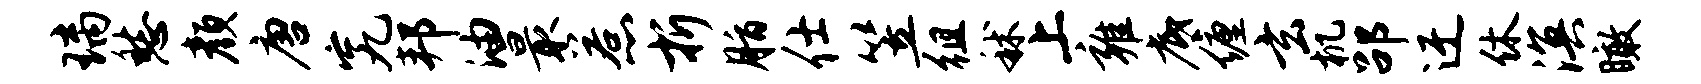
璃愁颜唐究邦油最惹折脂仕笠徂秫上雍底缠玄机劭迂休溟瞰